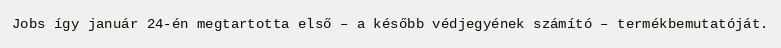
Jobs így január 24-én megtartotta első – a később védjegyének számító – termékbemutatóját.